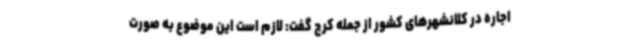
اجاره در کلانشهرهای کشور از جمله کرج گفت: لازم است این موضوع به صورت